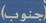
(جنوب)